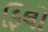
ફિલો